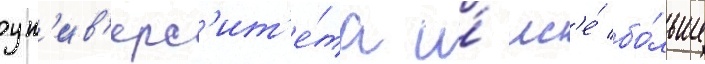
ун'ив'ерс'ит'е́та и́ вс'е́ бо́льше